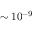
\sim 1 0 ^ { - 9 }